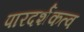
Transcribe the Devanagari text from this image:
पारदर्शकत्व